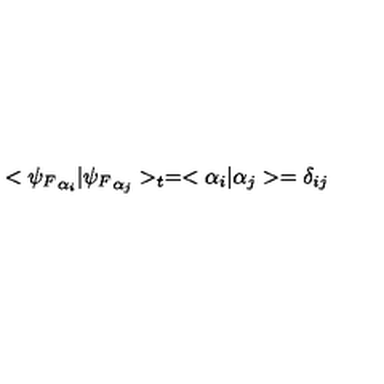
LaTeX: < { \psi _ { F } } _ { \alpha _ { i } } | { \psi _ { F } } _ { \alpha _ { j } } > _ { t } = < \alpha _ { i } | \alpha _ { j } > = \delta _ { i j }